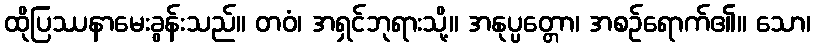
ထိုပြဿနာမေးခွန်းသည်။ တဝံ၊ အရှင်ဘုရားသို့။ အနုပ္ပတ္တော၊ အစဉ်ရောက်၏။ သော၊